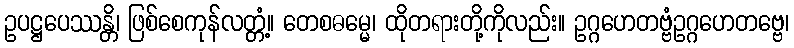
ဥပဋ္ဌပေဿန္တိ၊ ဖြစ်စေကုန်လတ္တံ့။ တေစဓမ္မေ၊ ထိုတရားတို့ကိုလည်း။ ဥဂ္ဂဟေတဗ္ဗံဥဂ္ဂဟေတဗ္ဗေ၊